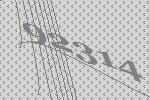
92314